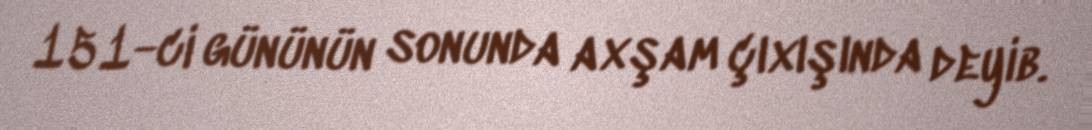
151-ci gününün sonunda axşam çıxışında deyib.